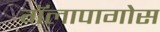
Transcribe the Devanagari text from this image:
गॅलापागोस